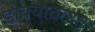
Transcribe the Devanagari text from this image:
डोक्यातल्या